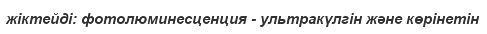
жіктейді: фотолюминесценция - ультракүлгін және көрінетін